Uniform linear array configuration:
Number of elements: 48
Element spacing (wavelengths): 0.75
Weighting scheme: exponential
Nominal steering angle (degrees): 15
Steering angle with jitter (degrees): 16.725
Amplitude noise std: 0.05
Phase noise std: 0.05

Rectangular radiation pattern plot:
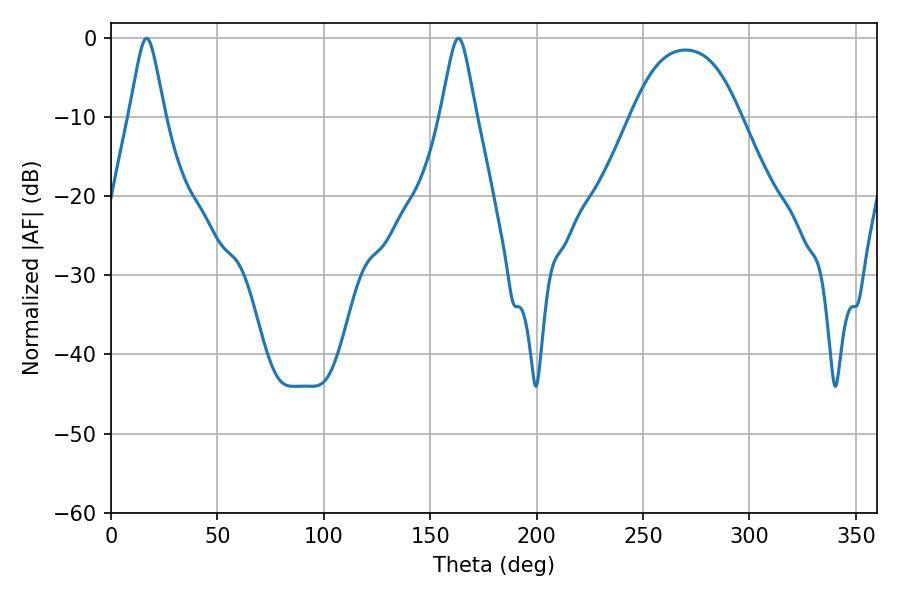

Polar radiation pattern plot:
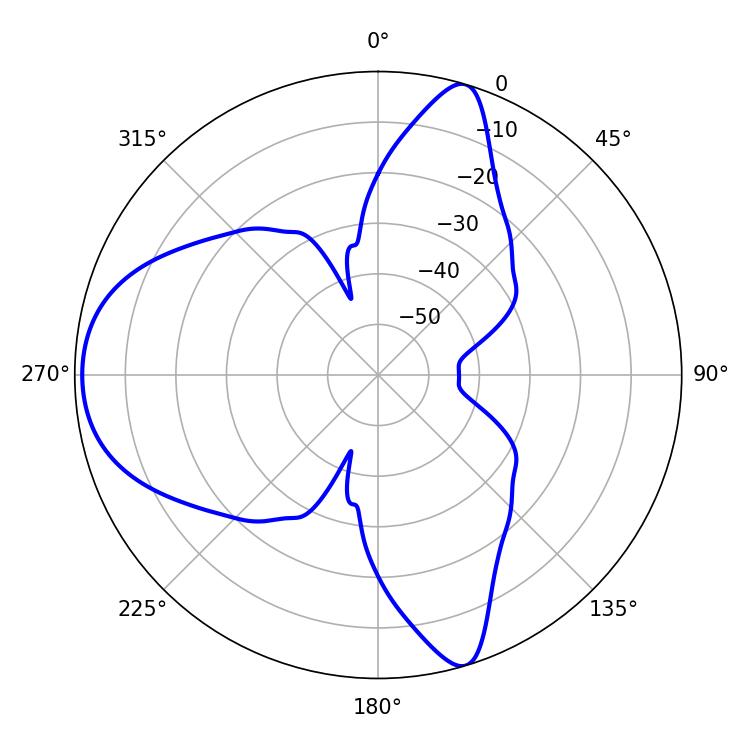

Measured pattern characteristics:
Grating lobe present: TRUE
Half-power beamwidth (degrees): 7.92
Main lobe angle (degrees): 16.74